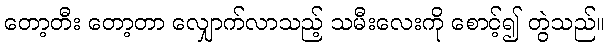
တော့တီး တော့တာ လျှောက်လာသည့် သမီးလေးကို စောင့်၍ တွဲသည်။